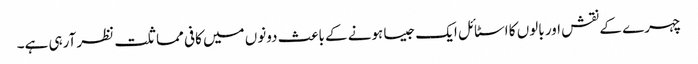
چہرے کے نقش اور بالوں کا اسٹائل ایک جیسا ہونے کے باعث دونوں میں کافی مماثلت نظر آرہی ہے۔